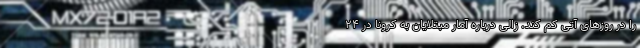
را در روزهای آتی کم کند. زالی درباره آمار مبتلایان به کرونا در ۲۴